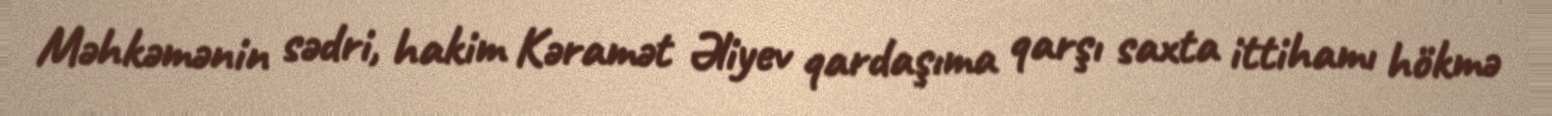
Məhkəmənin sədri, hakim Kəramət Əliyev qardaşıma qarşı saxta ittihamı hökmə